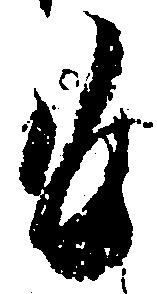
も